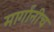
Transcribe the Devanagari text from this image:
मार्गांनीच